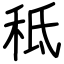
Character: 秪